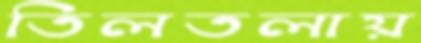
তিলতলায়